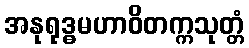
အနုရုဒ္ဓမဟာဝိတက္ကသုတ္တံ